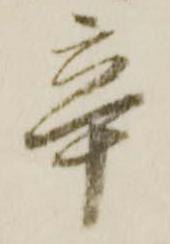
辛